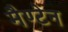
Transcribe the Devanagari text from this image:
मैण्टेन